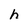
Character: h